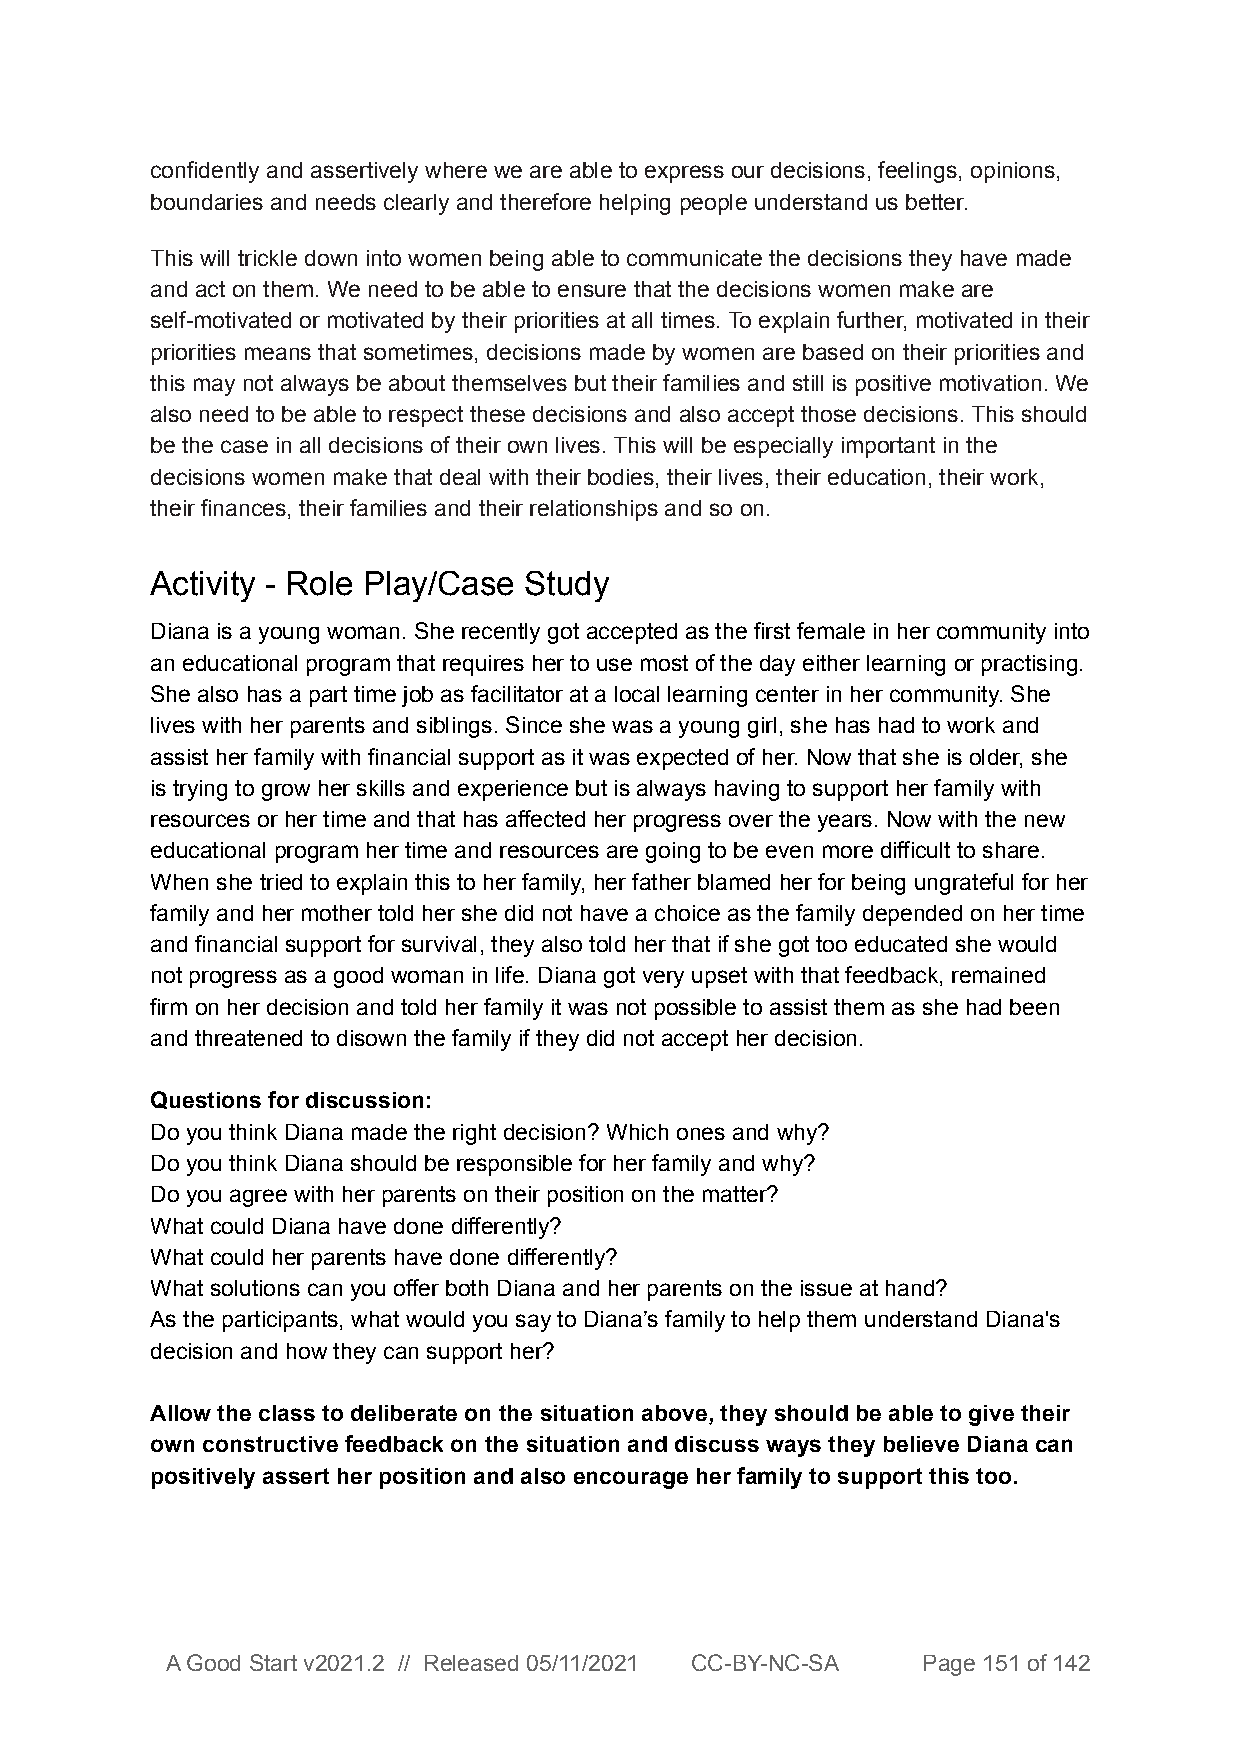
confidently and assertively where we are able to express our decisions, feelings, opinions,
 boundaries and needs clearly and therefore helping people understand us better.
 This will trickle down into women being able to communicate the decisions they have made
 and act on them. We need to be able to ensure that the decisions women make are
 self-motivated or motivated by their priorities at all times. To explain further, motivated in their
 priorities means that sometimes, decisions made by women are based on their priorities and
 this may not always be about themselves but their families and still is positive motivation. We
 also need to be able to respect these decisions and also accept those decisions. This should
 be the case in all decisions of their own lives. This will be especially important in the
 decisions women make that deal with their bodies, their lives, their education, their work,
 their finances, their families and their relationships and so on.
 Activity - Role Play/Case Study
 Diana is a young woman. She recently got accepted as the first female in her community into
 an educational program that requires her to use most of the day either learning or practising.
 She also has a part time job as facilitator at a local learning center in her community. She
 lives with her parents and siblings. Since she was a young girl, she has had to work and
 assist her family with financial support as it was expected of her. Now that she is older, she
 is trying to grow her skills and experience but is always having to support her family with
 resources or her time and that has affected her progress over the years. Now with the new
 educational program her time and resources are going to be even more difficult to share.
 When she tried to explain this to her family, her father blamed her for being ungrateful for her
 family and her mother told her she did not have a choice as the family depended on her time
 and financial support for survival, they also told her that if she got too educated she would
 not progress as a good woman in life. Diana got very upset with that feedback, remained
 firm on her decision and told her family it was not possible to assist them as she had been
 and threatened to disown the family if they did not accept her decision.
 Questions for discussion:
 Do you think Diana made the right decision? Which ones and why?
 Do you think Diana should be responsible for her family and why?
 Do you agree with her parents on their position on the matter?
 What could Diana have done differently?
 What could her parents have done differently?
 What solutions can you offer both Diana and her parents on the issue at hand?
 As the participants, what would you say to Diana’s family to help them understand Diana's
 decision and how they can support her?
 Allow the class to deliberate on the situation above, they should be able to give their
 own constructive feedback on the situation and discuss ways they believe Diana can
 positively assert her position and also encourage her family to support this too.
 A Good Start v2021.2 // Released 05/11/2021 CC-BY-NC-SA Page 151 of 142